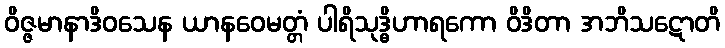
ဝိဇ္ဇမာနာဒိဝသေန ယာနဝေမတ္တံ ပါရိသုဒ္ဓိဟာရကော ဝိဒိတာ အဘိသဋောတိ